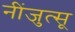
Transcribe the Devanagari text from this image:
नींजुत्सू